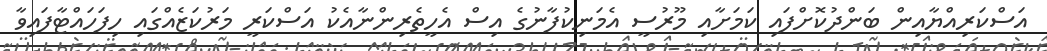
އަސްކަރިއްޔާއިން ބަންދުކޮށްފައި ކަމަށާއި މޫރުސީ އެމަނިކުފާނުގެ އިސް އެހީތެރިންނާއެކު އަސްކަރީ މަރުކަޒެއްގައި ހިފަހައްޓާފައިވާ